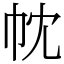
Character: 帎